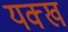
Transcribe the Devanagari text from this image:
यक्ख